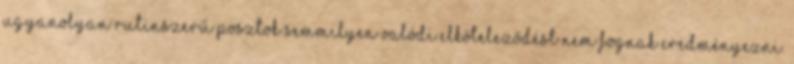
ugyanolyan rutinszerű posztok semmilyen valódi elköteleződést nem fognak eredményezni.